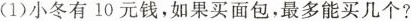
（1）小冬有10元钱，如果买面包，最多能买几个？